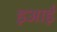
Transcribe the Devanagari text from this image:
इआई